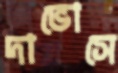
দাভোসে